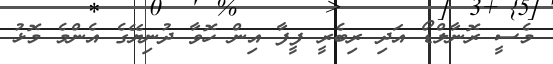
މެސީ ރޮނާލްޑޯ އަދި ރިބެރީ ފީފާ އިން ހޮވާ ދުނިޔޭގެ އެންމެ މޮޅު